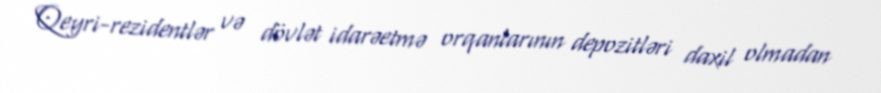
Qeyri-rezidentlər və dövlət idarəetmə orqanlarının depozitləri daxil olmadan